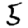
Digit: 5